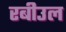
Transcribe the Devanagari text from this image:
रबीउल